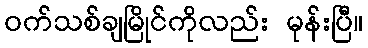
ဝက်သစ်ချမြိုင်ကိုလည်း မုန်းပြီ။